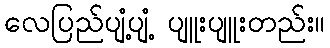
လေပြည်ပျံ့ပျံ့ ပျူးပျူးတည်း။